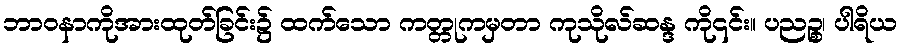
ဘာဝနာကိုအားထုတ်ခြင်း၌ ထက်သော ကတ္တုကမှတာ ကုသိုလ်ဆန္ဒ ကို၎င်း။ ပညဉ္စ၊ ပါရိယ